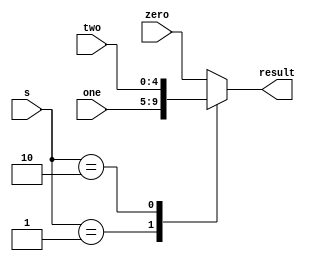
module muxA (output reg [4:0] result, input [1:0] s, input [4:0] zero, one, two);

  always @(s,zero, one, two)
  case (s)
    2'b00: result = zero;
    2'b01: result =  one;
    2'b10: result = two;
    
    default: result = zero;
  endcase
endmodule